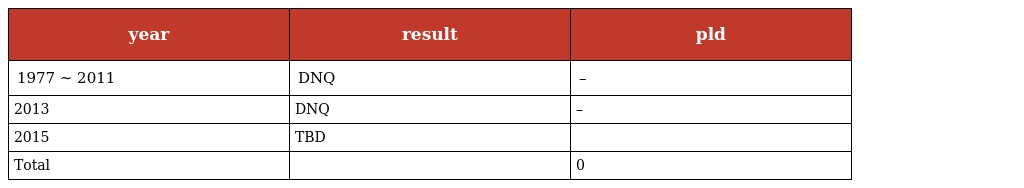
| year | result | pld |
 | --- | --- | --- |
 | 1977 ~ 2011 | DNQ | – |
 | 2013 | DNQ | – |
 | 2015 | TBD |  |
 | Total |  | 0 |